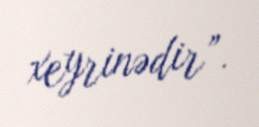
xeyrinədir”.